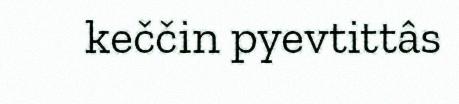
keččin pyevtittâs